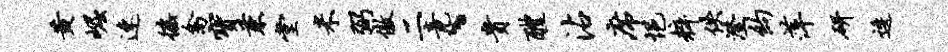
黄崛速徭禽宝兼堂米弼傲二竟、贵醴沾席悒粹佚澄约萍研逶